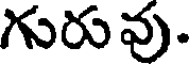
గురువు.